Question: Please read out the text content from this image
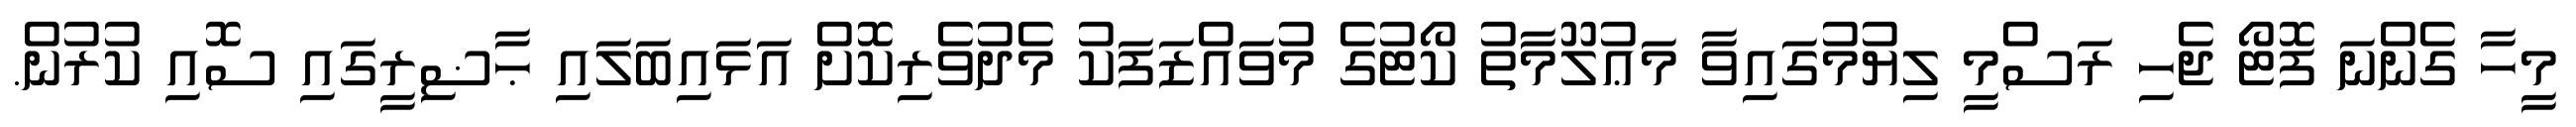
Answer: މީހާ ގެންނަ ފޮޓޯ ޖެހި ރަސްމީ ލިޔުމުގައިވާ މަޢުލޫމާތު ކޯޓުގެ މުވައްޒަފަކު މެދުވެރިކޮށް އަޅައިބަލައި ޙާޟިރީގައި ސޮއި ކުރުން.